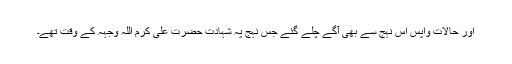
اور حالات واپس اس نہج سے بھی آگے چلے گئے جس نہج پہ شہادت حضرت علی کرم اللہ وجہہ کے وقت تھے۔